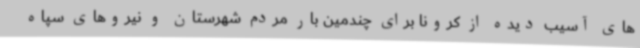
های آسیب دیده از کرونا برای چندمین بار مردم شهرستان و نیروهای سپاه